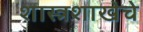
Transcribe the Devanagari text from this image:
शास्त्रशाखेचे